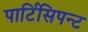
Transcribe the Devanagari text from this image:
पार्टिसिपन्ट